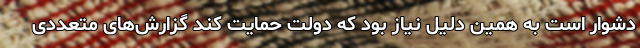
دشوار است به همین دلیل نیاز بود که دولت حمایت کند گزارش‌های متعددی